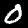
Label: 0